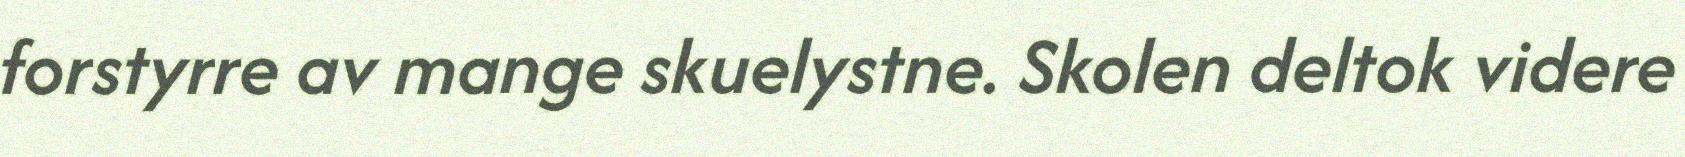
forstyrre av mange skuelystne. Skolen deltok videre